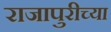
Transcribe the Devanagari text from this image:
राजापुरीच्या